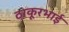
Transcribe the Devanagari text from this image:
ठाकूरभाई